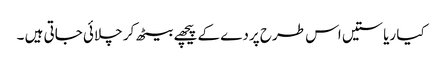
کیا ریاستیں اس طرح پردے کے پیچھے بیٹھ کر چلائی جاتی ہیں ۔